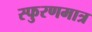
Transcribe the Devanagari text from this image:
स्फुरणमात्र